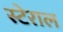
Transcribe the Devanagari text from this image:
स्टेराल